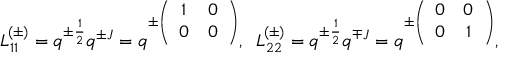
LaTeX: L _ { 1 1 } ^ { ( \pm ) } = q ^ { \pm \frac { 1 } { 2 } } q ^ { \pm J } = q ^ { \pm \left( \begin{array} { c c } { { 1 } } & { { 0 } } \\ { { 0 } } & { { 0 } } \end{array} \right) } , \; \; L _ { 2 2 } ^ { ( \pm ) } = q ^ { \pm \frac { 1 } { 2 } } q ^ { \mp J } = q ^ { \pm \left( \begin{array} { c c } { { 0 } } & { { 0 } } \\ { { 0 } } & { { 1 } } \end{array} \right) } , \; \;